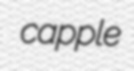
capple